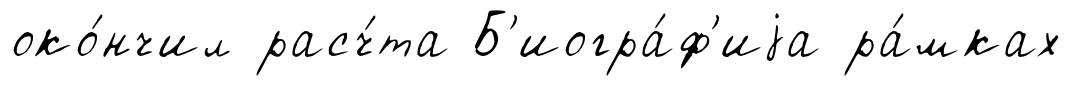
око́нчил расч́та Б'иогра́ф'иjа ра́мках